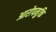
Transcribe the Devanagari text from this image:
आरोपमुक्ति